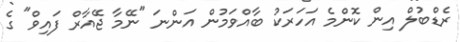
ރެޑްބުލް އިން ކޮންމެ އަހަރަކު ބާއްވަމުން އަންނަ "ނޭމާ ޖޭއާރް ފައިވް" ގެ